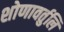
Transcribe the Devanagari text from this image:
शोणावर्तुलि